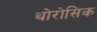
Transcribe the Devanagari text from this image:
थोरोसिक